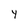
Character: y